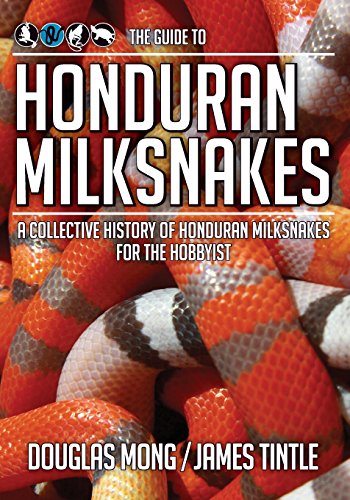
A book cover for The Guide to Honduran Milksnakes: A Collective History of Honduran Milksnakes for the Hobbyist; Douglas Mong; Crafts, Hobbies & Home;